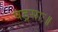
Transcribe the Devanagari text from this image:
षड्रसाः॥